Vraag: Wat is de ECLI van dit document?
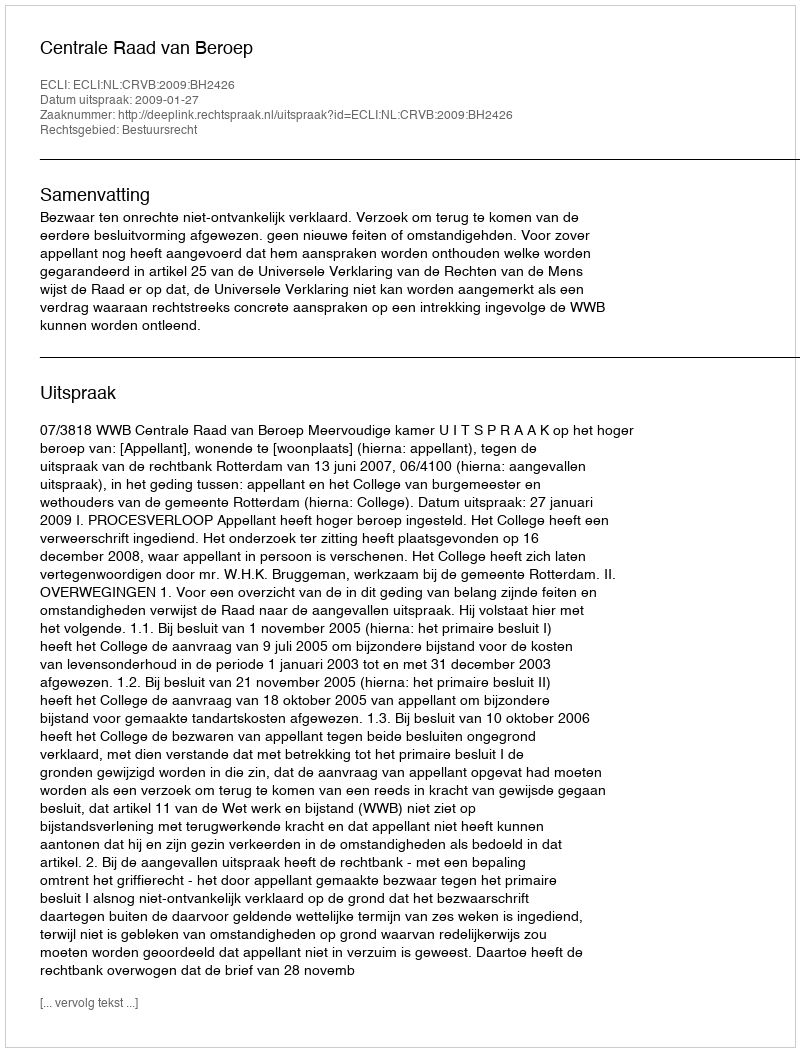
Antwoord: ECLI:NL:CRVB:2009:BH2426